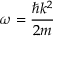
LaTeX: \omega = { \frac { \hbar k ^ { 2 } } { 2 m } }